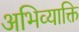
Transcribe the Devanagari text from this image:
अभिव्याक्ति